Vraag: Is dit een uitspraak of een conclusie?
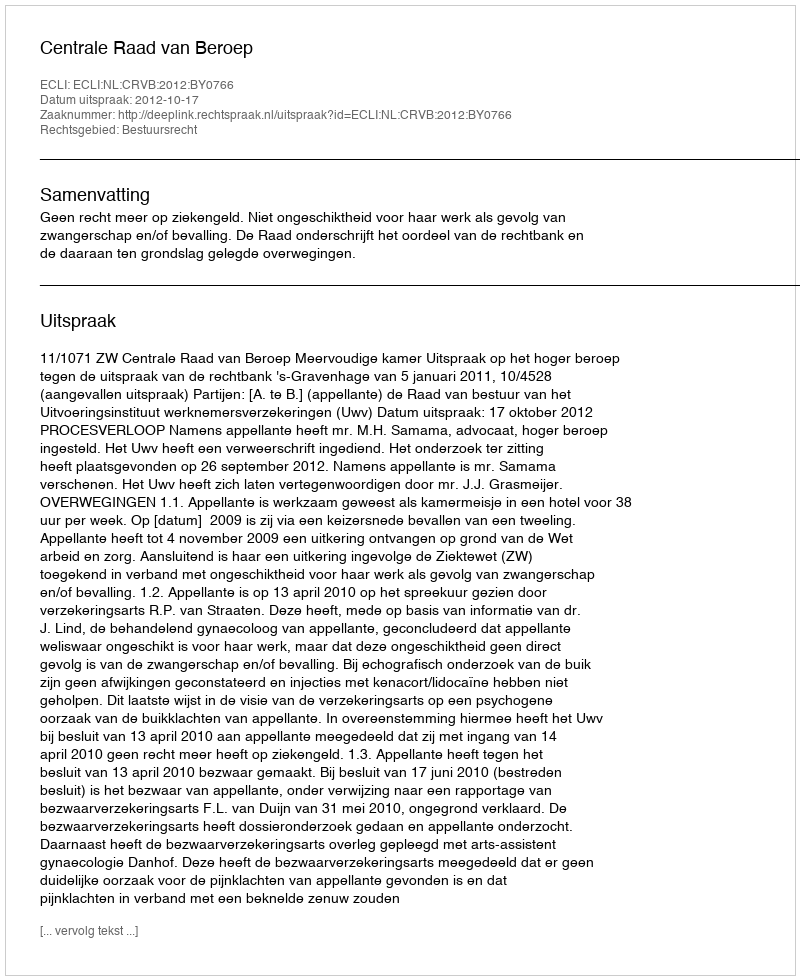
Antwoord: Uitspraak